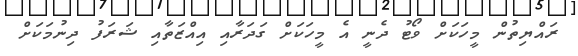
ރައްޔިތުން މީހަކަށް ވޯޓު ދެނީ އެ މީހަކަށް ގަދަރާއި އިއްޒަތާއި ޝަރަފު ދިނުމަކަށް